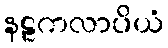
နဠကလာပိယံ